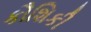
કૌશિકી